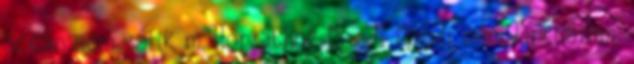
óceán nem válik m. Horváthné Magdi Magdi néni Linktáram,